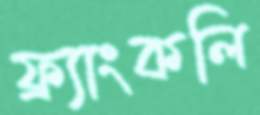
ফ্র্যাংকলি